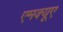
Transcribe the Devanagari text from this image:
एमक्यूए